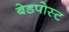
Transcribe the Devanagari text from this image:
बेडपोस्ट